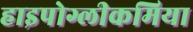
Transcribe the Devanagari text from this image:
हाइपोग्लीकमिया